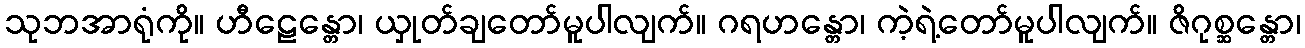
သုဘအာရုံကို။ ဟီဠေန္တော၊ ယှုတ်ချတော်မူပါလျက်။ ဂရဟန္တော၊ ကဲ့ရဲ့တော်မူပါလျက်။ ဇိဂုစ္ဆန္တော၊